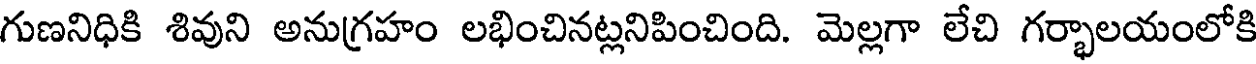
గుణనిధికి శివుని అనుగ్రహం లభించినట్లనిపించింది. మెల్లగా లేచి గర్భాలయంలోకి